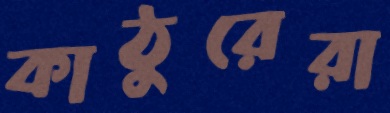
কাঠুরেরা